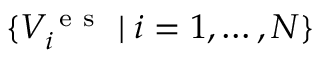
\{ V _ { i } ^ { \mathrm { ~ e ~ s ~ } } \mid i = 1 , \dots , N \}